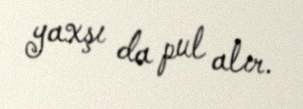
yaxşı da pul alır.